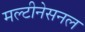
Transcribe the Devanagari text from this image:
मल्टीनेसनल